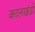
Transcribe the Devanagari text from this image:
कालखंडो